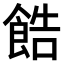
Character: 𫗓